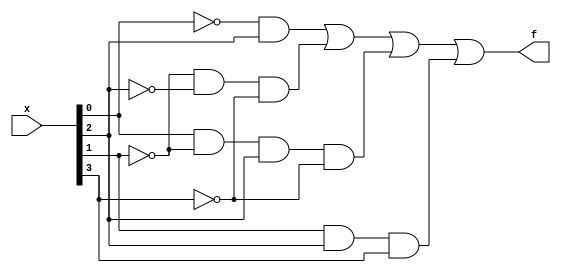
module top_module (
    input [4:1] x,
    output f
); 

    assign f = (~x[1] & x[3]) | (~x[2] & ~x[3] & ~x[4]) | (x[1] & ~x[2] & x[3] & ~x[4]) | (x[2] & x[3] & x[4]);
    
endmodule